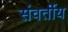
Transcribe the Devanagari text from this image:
संवर्तीय